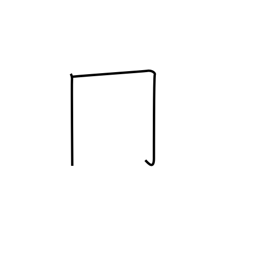
Meaning: upside-down box radical (no. 13)